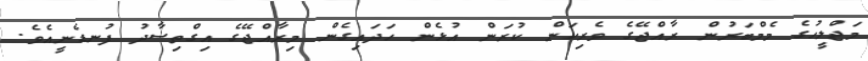
މަޖްލީހުގެ މެމްބަރުން ރާއްޖޭގެ ވެރިކަން ކުރަން އުޅެން ހަދައިގެން މިރާއްޖޭގެ އިގްތިސާދު ފުނޑެނީއެވެ.